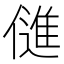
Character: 𬿫